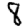
Digit: 8